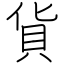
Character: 貨